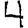
Digit: 4